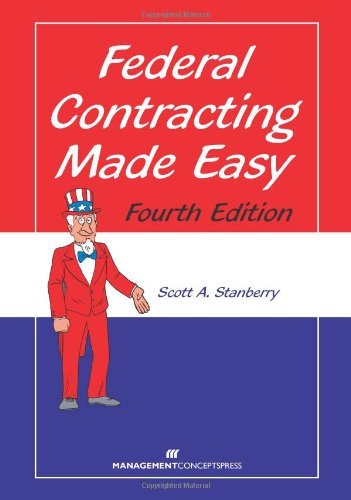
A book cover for Federal Contracting Made Easy, Fourth Edition; Scott Stanberry; Law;